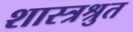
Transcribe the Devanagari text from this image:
शास्त्रश्रुत